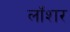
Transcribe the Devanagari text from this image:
लॉशर